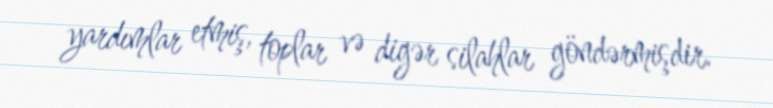
yardımlar etmiş, toplar və digər silahlar göndərmişdir.